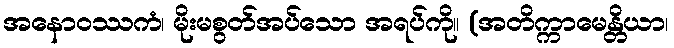
အနောဝဿကံ၊ မိုးမစွတ်အပ်သော အရပ်ကို။ (အတိက္ကာမေန္တိယာ၊